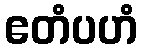
ဧတံပဟံ